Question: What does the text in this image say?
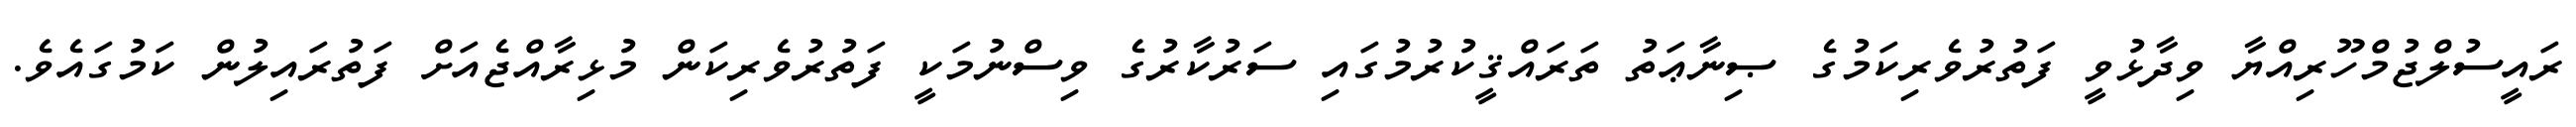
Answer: ރައީސުލްޖުމްހޫރިއްޔާ ވިދާޅުވީ ފަތުރުވެރިކަމުގެ ޞިނާޢަތު ތަރައްޤީކުރުމުގައި ސަރުކާރުގެ ވިސްނުމަކީ ފަތުރުވެރިކަން މުޅިރާއްޖެއަށް ފަތުރައިލުން ކަމުގައެވެ.